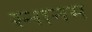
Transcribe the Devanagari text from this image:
स्नानम